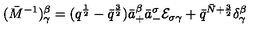
( \bar { M } ^ { - 1 } ) _ { \gamma } ^ { \beta } = ( q ^ { { \frac { 1 } { 2 } } } - \bar { q } ^ { { \frac { 3 } { 2 } } } ) \bar { a } _ { + } ^ { \beta } \bar { a } _ { - } ^ { \sigma } { \cal E } _ { \sigma \gamma } + \bar { q } ^ { \bar { N } + { \frac { 3 } { 2 } } } \delta _ { \gamma } ^ { \beta }